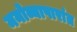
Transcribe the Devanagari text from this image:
मनोव्यापारांत